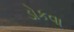
ડોકવા